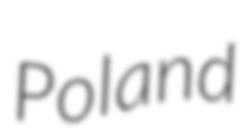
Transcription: Poland